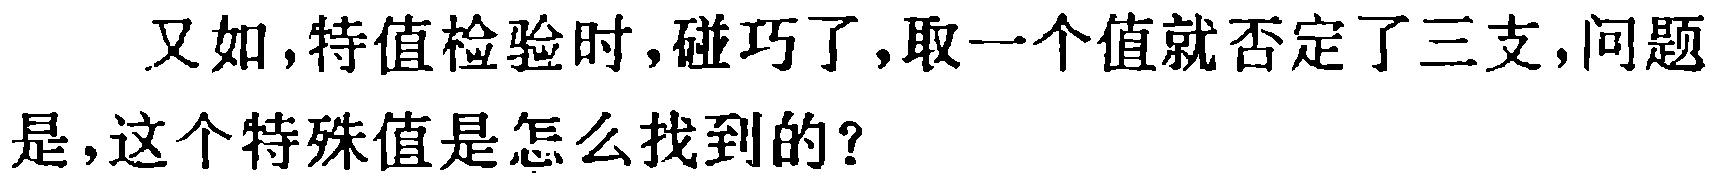
又如,特值检验时,碰巧了,取一个值就否定了三支,问题是,这个特殊值是怎么找到的？